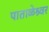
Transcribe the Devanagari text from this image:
पाताळेश्र्वर